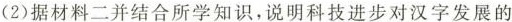
(2)据材料二并结合所学知识，说明科技进步对汉字发展的